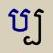
ប្ប